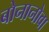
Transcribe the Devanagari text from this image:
बोनानोवा